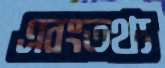
এবংতথ্য